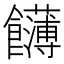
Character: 䭦